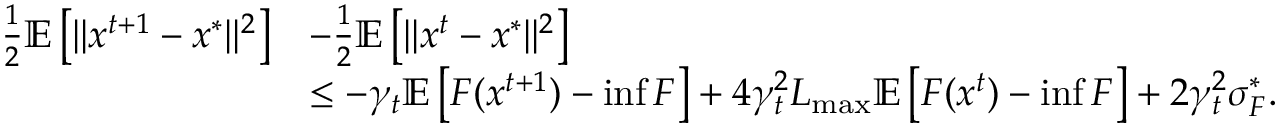
\begin{array} { r l } { \frac { 1 } { 2 } \mathbb { E } \left[ \Vert x ^ { t + 1 } - x ^ { * } \Vert ^ { 2 } \right] } & { - \frac { 1 } { 2 } \mathbb { E } \left[ \Vert x ^ { t } - x ^ { * } \Vert ^ { 2 } \right] } \\ & { \leq - \gamma _ { t } \mathbb { E } \left[ F ( x ^ { t + 1 } ) - \operatorname* { i n f } F \right] + 4 \gamma _ { t } ^ { 2 } L _ { \operatorname* { m a x } } \mathbb { E } \left[ F ( x ^ { t } ) - \operatorname* { i n f } F \right] + 2 \gamma _ { t } ^ { 2 } \sigma _ { F } ^ { * } . } \end{array}